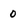
Character: 0